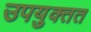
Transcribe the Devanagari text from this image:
उपयुक्तत